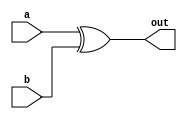
module myxor(out,a,b);
  output out;
  input a,b;
  
  xor myxor1(out,a,b);
  
endmodule